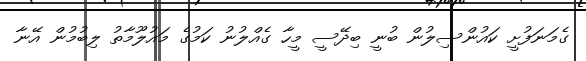
ގެމަނަފުށީ ކައުންސިލުން ބުނީ ބިދޭސީ މީހާ ގެއްލުނު ކަމުގެ މައުލޫމާތު ލިބުމުން އޭނާ